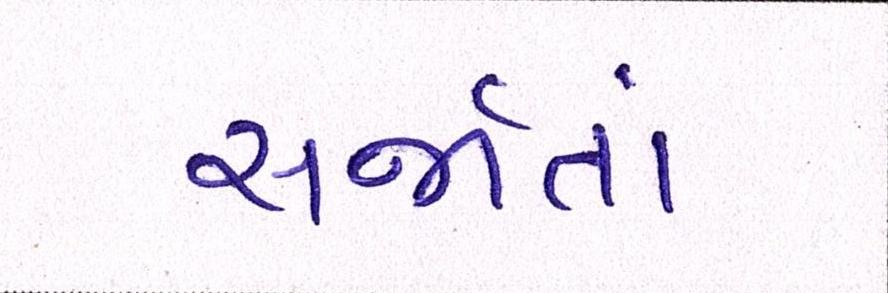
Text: સર્જાતાં